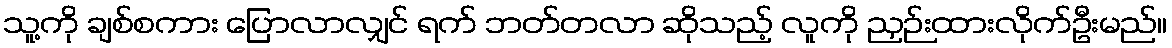
သူ့ကို ချစ်စကား ပြောလာလျှင် ရက် ဘတ်တလာ ဆိုသည့် လူကို ညှဉ်းထားလိုက်ဦးမည်။